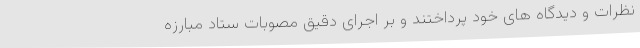
نظرات و دیدگاه های خود پرداختند و بر اجرای دقیق مصوبات ستاد مبارزه